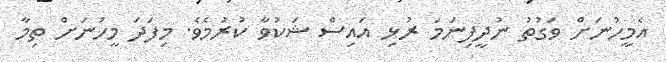
އެމީހުނަށް ވަގުތު ނުދީފިނަމަ ރުޅި އައިސް ޝަކުވާ ކުރުމެވެ. މިފަދަ މީހުނަށް ތިމާ